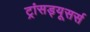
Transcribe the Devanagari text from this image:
ट्रांसड्यूसर्स